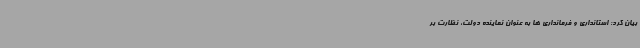
بیان کرد: استانداری و فرمانداری ها به عنوان نماینده دولت، نظارت بر